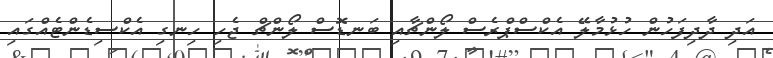
އަދި ދާދިފަހުން ހުޅުމާލޭ އެކްސްޕްރެސް ލޯންޗާއި ބަނޑޮސް ލޯންޗް ޖެހި ހިނގި އެކްސިޑެންޓެއްގައި